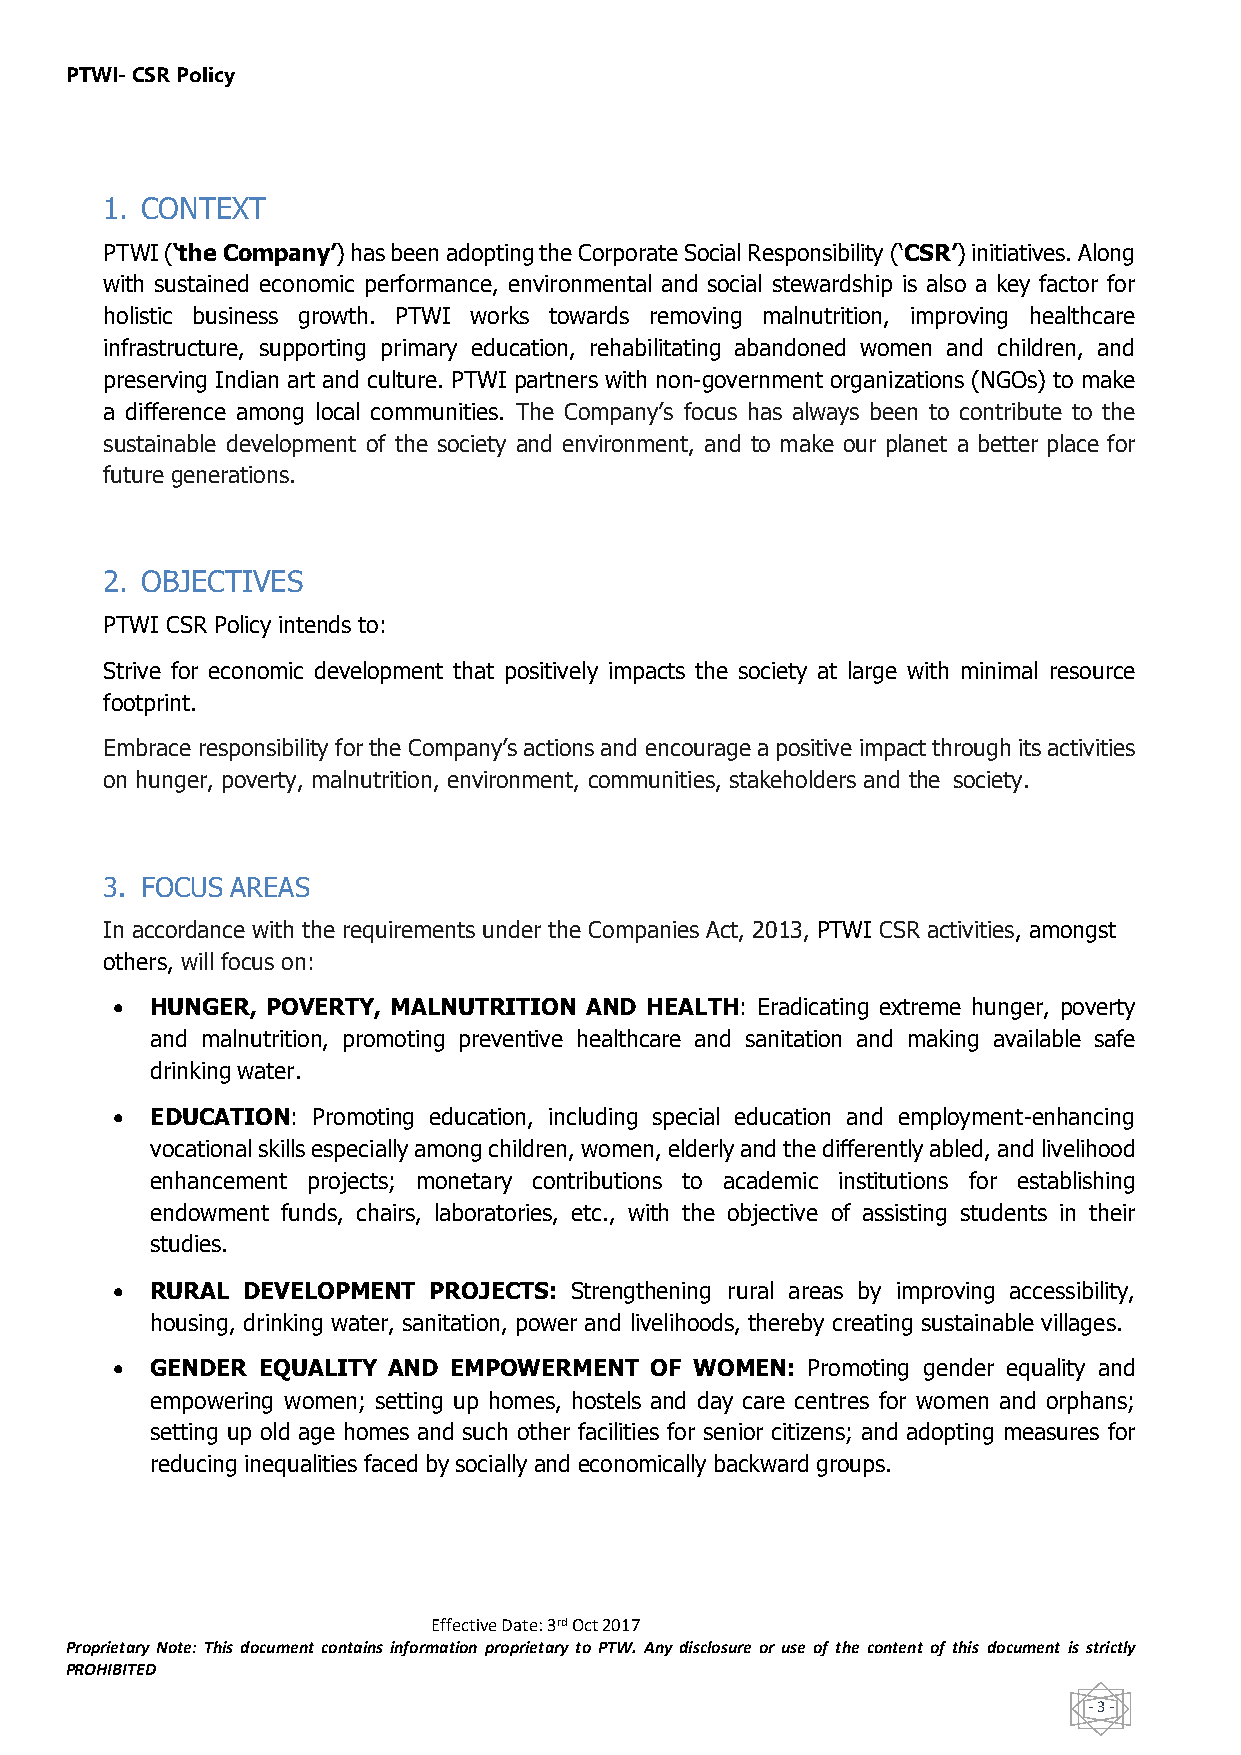
PTWI- CSR Policy
 1. CONTEXT
 PTWI (‘the Company’) has been adopting the Corporate Social Responsibility (‘CSR’) initiatives. Along
 with sustained economic performance, environmental and social stewardship is also a key factor for
 holistic business growth. PTWI works towards removing malnutrition, improving healthcare
 infrastructure, supporting primary education, rehabilitating abandoned women and children, and
 preserving Indian art and culture. PTWI partners with non-government organizations (NGOs) to make
 a difference among local communities. The Company’s focus has always been to contribute to the
 sustainable development of the society and environment, and to make our planet a better place for
 future generations.
 2. OBJECTIVES
 PTWI CSR Policy intends to:
 Strive for economic development that positively impacts the society at large with minimal resource
 footprint.
 Embrace responsibility for the Company’s actions and encourage a positive impact through its activities
 on hunger, poverty, malnutrition, environment, communities, stakeholders and the society.
 3. FOCUS AREAS
 In accordance with the requirements under the Companies Act, 2013, PTWI CSR activities, amongst
 others, will focus on:
 •  HUNGER, POVERTY, MALNUTRITION AND HEALTH: Eradicating extreme hunger, poverty
 and malnutrition, promoting preventive healthcare and sanitation and making available safe
 drinking water.
 •  EDUCATION: Promoting education, including special education and employment-enhancing
 vocational skills especially among children, women, elderly and the differently abled, and livelihood
 enhancement projects; monetary contributions to academic institutions for establishing
 endowment funds, chairs, laboratories, etc., with the objective of assisting students in their
 studies.
 •  RURAL DEVELOPMENT PROJECTS: Strengthening rural areas by improving accessibility,
 housing, drinking water, sanitation, power and livelihoods, thereby creating sustainable villages.
 •  GENDER EQUALITY AND EMPOWERMENT  OF WOMEN: Promoting gender equality and
 empowering women; setting up homes, hostels and day care centres for women and orphans;
 setting up old age homes and such other facilities for senior citizens; and adopting measures for
 reducing inequalities faced by socially and economically backward groups.
 Effective Date: 3rd Oct 2017
 Proprietary Note: This document contains information proprietary to PTW. Any disclosure or use of the content of this document is strictly
 PROHIBITED
 - 3 -